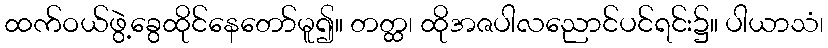
ထက်ဝယ်ဖွဲ့ခွေထိုင်နေတော်မူ၍။ တတ္ထ၊ ထိုအဇပါလညောင်ပင်ရင်း၌။ ပါယာသံ၊